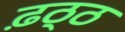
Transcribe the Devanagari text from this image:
ढ़ठ्ठ